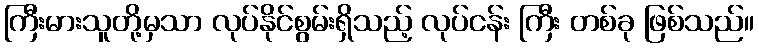
ကြီးမားသူတို့မှသာ လုပ်နိုင်စွမ်းရှိသည့် လုပ်ငန်း ကြီး တစ်ခု ဖြစ်သည်။